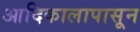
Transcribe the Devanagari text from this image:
आदिकालापासून